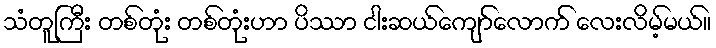
သံတူကြီး တစ်တုံး တစ်တုံးဟာ ပိဿာ ငါးဆယ်ကျော်လောက် လေးလိမ့်မယ်။